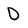
Character: 0